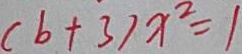
( b + 3 ) x ^ { 2 } = 1